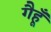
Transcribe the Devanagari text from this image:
गैहूँ